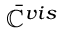
\bar { \mathbb { C } } ^ { v i s }